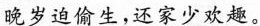
晚岁迫偷生，还家少欢趣。